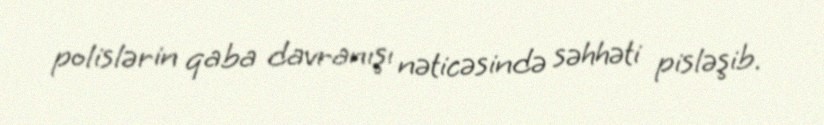
polislərin qaba davranışı nəticəsində səhhəti pisləşib.